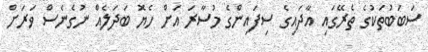
ސަބަބުތަކުގެ ތެރޭގައި އާދައިގެ ސިފައިންގެ މުސާރަ އަށް ހެޔޮ ބަދަލެއް ނުގެނެސް ވަރަށް